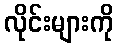
လိုင်းများကို